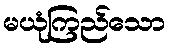
မယုံကြည်သော